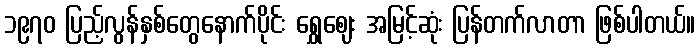
၁၉၇၀ ပြည့်လွန်နှစ်တွေနောက်ပိုင်း ရွှေဈေး အမြင့်ဆုံး ပြန်တက်လာတာ ဖြစ်ပါတယ်။